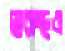
দ্বারস্থও